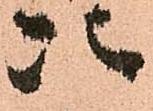
次